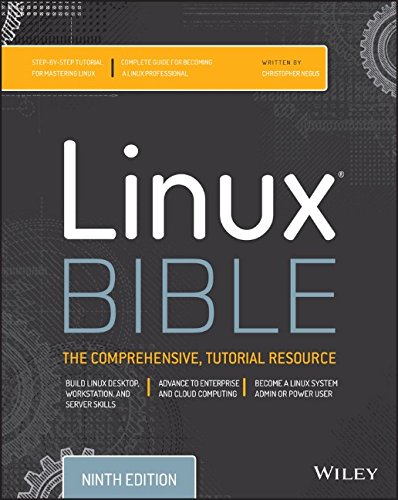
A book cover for Linux Bible; Christopher Negus; Computers & Technology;